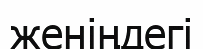
женіңдегі